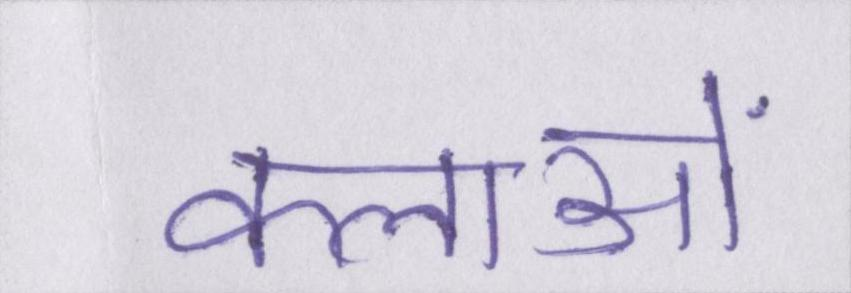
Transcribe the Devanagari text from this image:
कलाओं